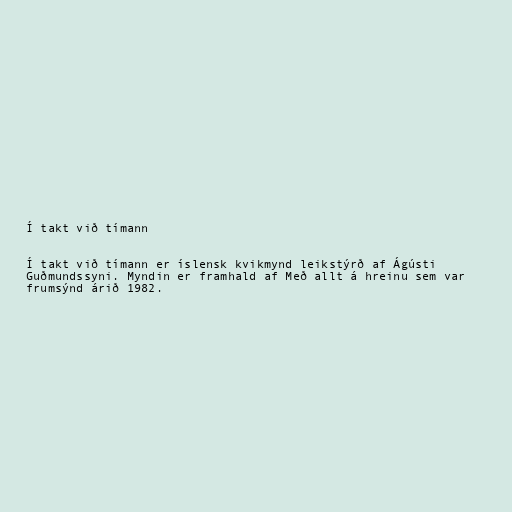
Í takt við tímann

Í takt við tímann er íslensk kvikmynd leikstýrð af Ágústi
Guðmundssyni. Myndin er framhald af Með allt á hreinu sem var
frumsýnd árið 1982.